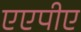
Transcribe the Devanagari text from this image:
एएपीए